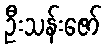
ဦးသန်းဇော်